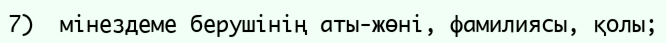
7)  мінездеме берушінің аты-жөні, фамилиясы, қолы;